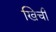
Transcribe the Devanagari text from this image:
खिची